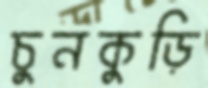
চুনকুড়ি